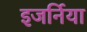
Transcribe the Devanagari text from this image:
इजर्निया